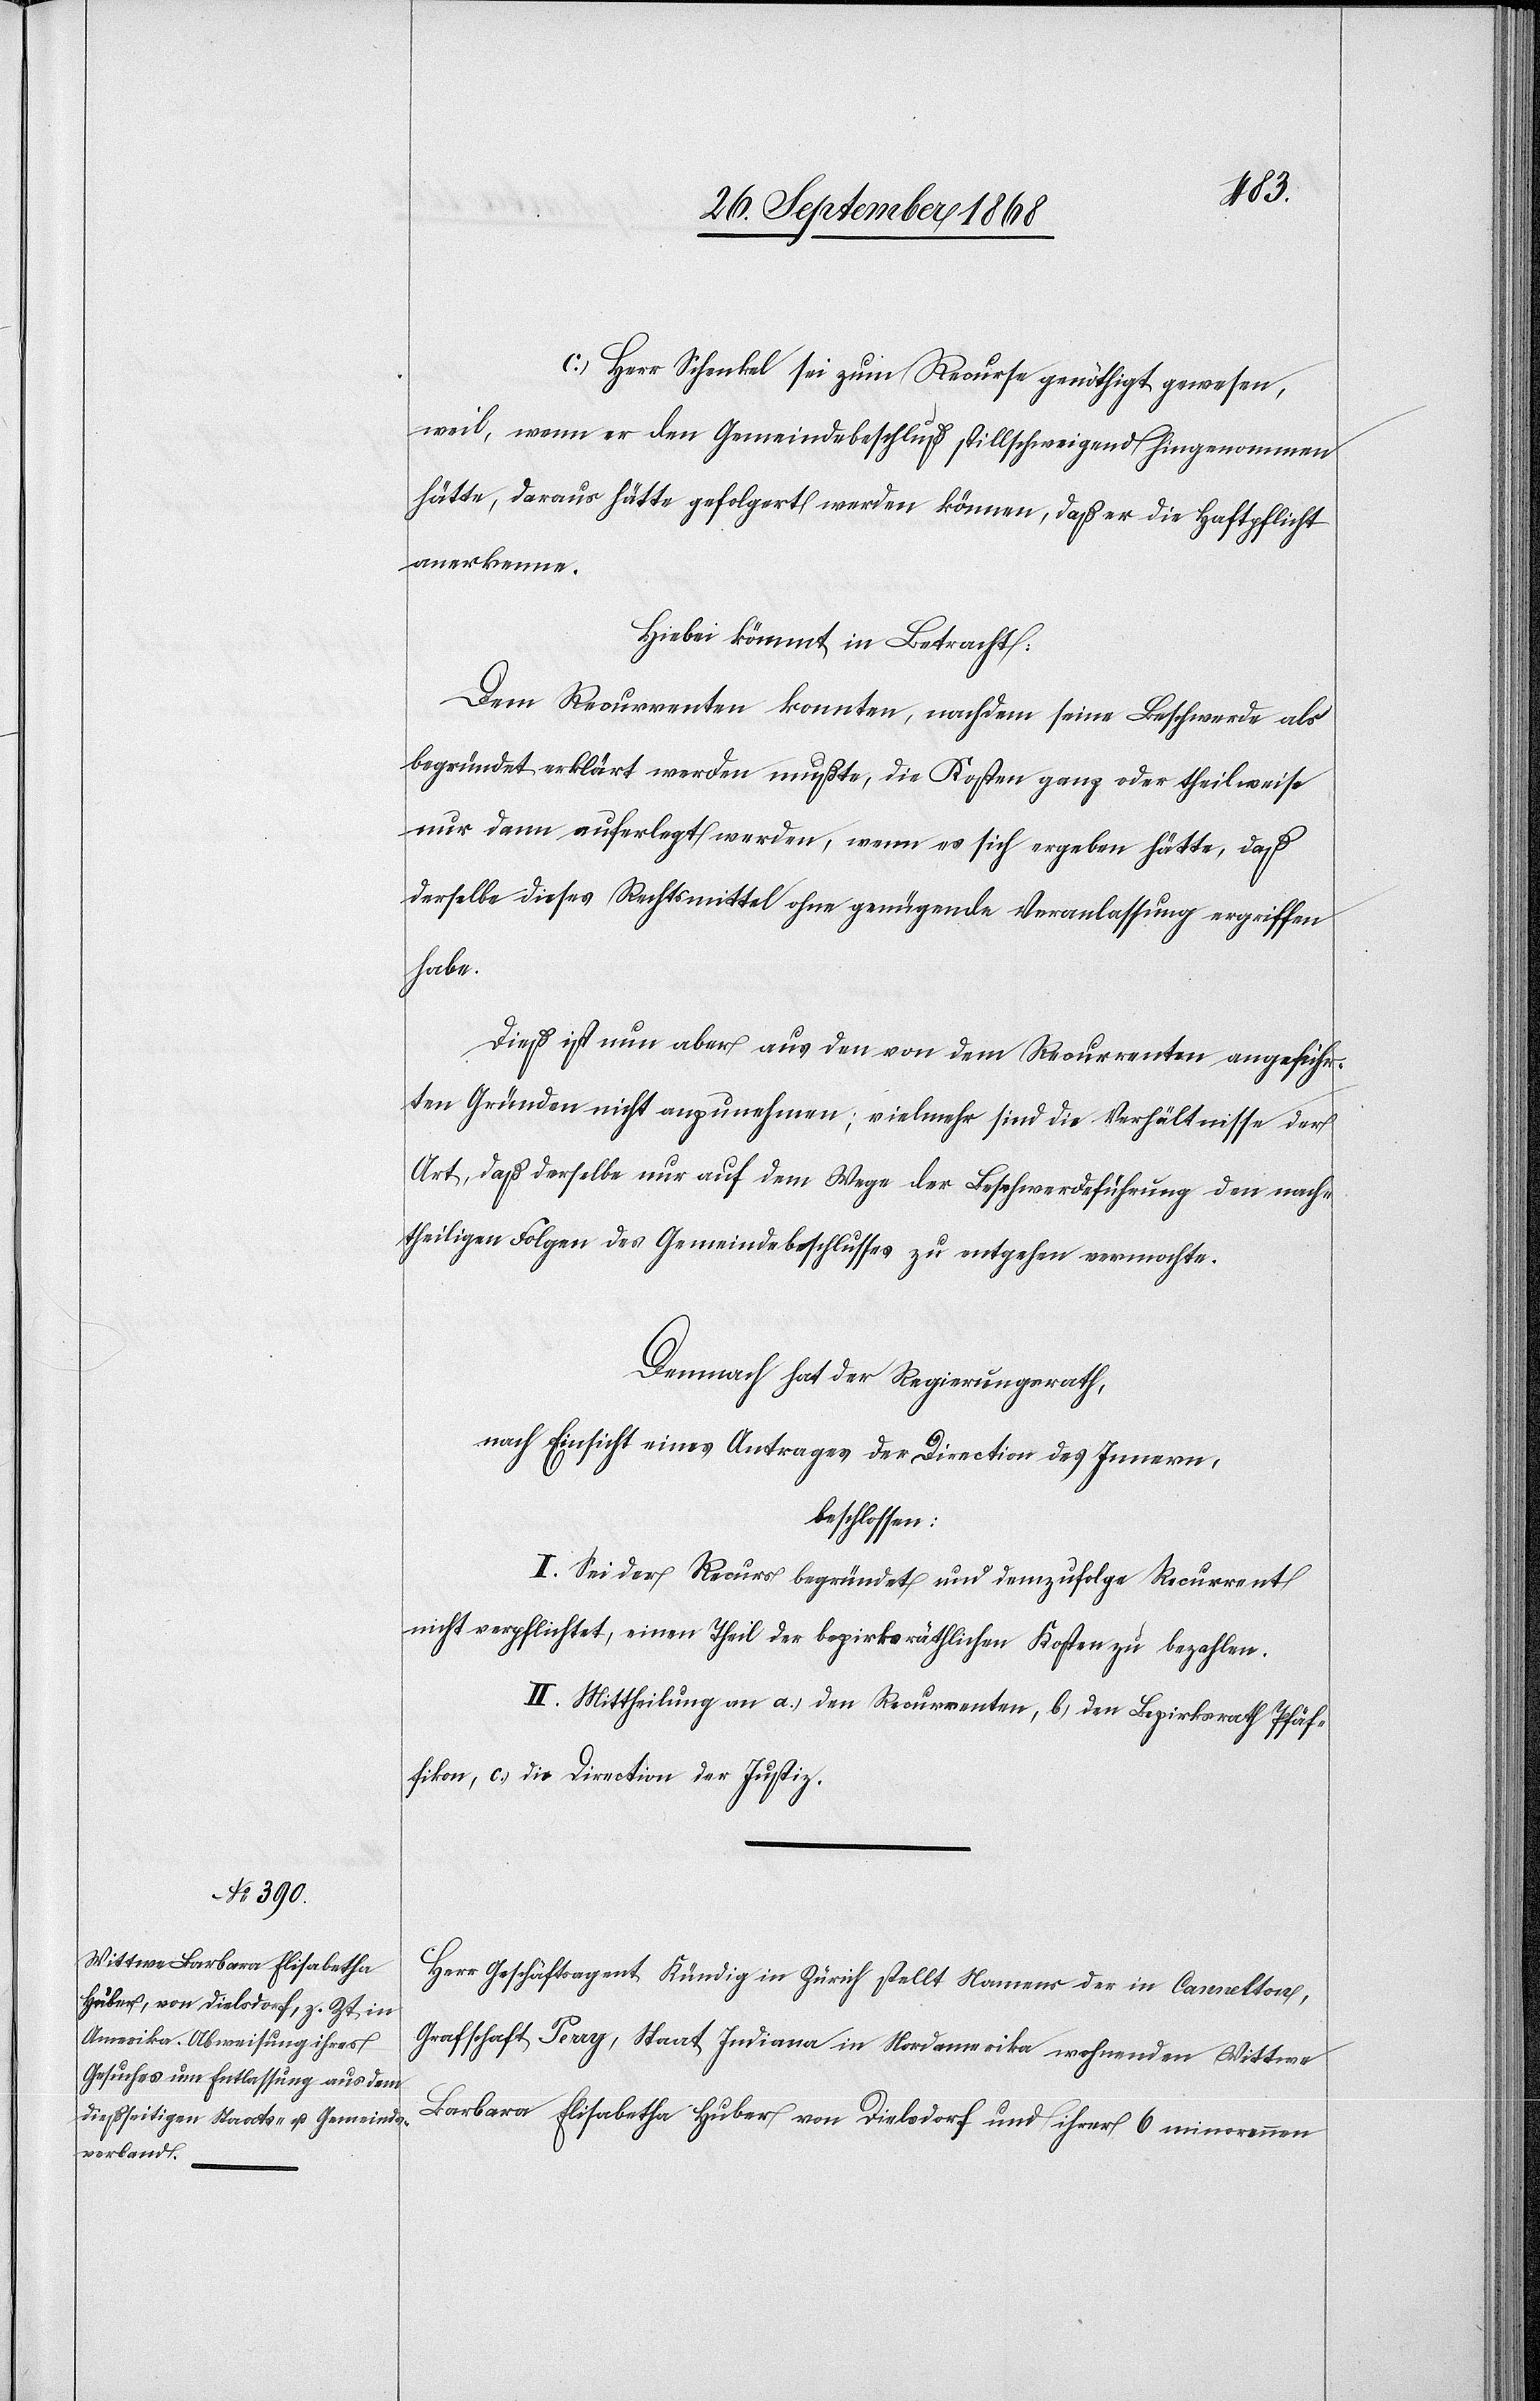
c. Herr Schenkel sei zum Recurse genöthigt gewesen,
weil, wenn er den Gemeindebeschluß stillschweigend hingenommen
hätte, daraus hätte gefolgert werden können, daß er die Haftpflicht
anerkenne.
Hiebei kömmt in Betracht:
Dem Recurrenten konnten, nachdem seine Beschwerde als
begründet erklärt werden mußte, die Kosten ganz oder theilweise
nur dann auferlegt werden, wenn es sich ergeben hätte, daß
derselbe dieses Rechtsmittel ohne genügende Veranlassung ergriffen
habe.
Dieß ist nun aber aus den von dem Recurrenten angeführ¬
ten Gründen nicht anzunehmen; vielmehr sind die Verhältnisse der
Art, daß derselbe nur auf dem Wege der Beschwerdeführung den nach¬
theiligen Folgen des Gemeindebeschlusses zu entgehen vermochte.
Demnach hat der Regierungsrath,
nach Einsicht eines Antrages der Direction des Innern,
beschlossen:
I. Sei der Recurs begründet und demzufolge Recurrent
nicht verpflichtet, einen Theil der bezirksräthlichen Kosten zu bezahlen.
II. Mittheilung an a.) den Recurrenten, b.) den Bezirksrath Pfäf¬
fikon, c.) die Direction der Justiz.
Herr Geschäftsagent Kündig in Zürich stellt Namens der in Cannelton,
Grafschaft Perry, Staat Indiana in Nordamerika wohnenden Wittwe
Barbara Elisabetha Huber von Dielsdorf und ihrer 6 minorennen